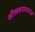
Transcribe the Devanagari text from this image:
सीलवनागराज